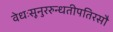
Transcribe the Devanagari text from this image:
वेधःसूनुररुन्धतीपतिरसौ